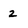
Character: 2